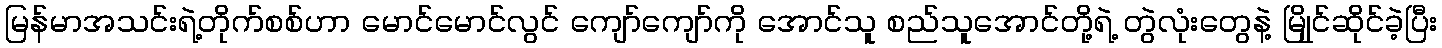
မြန်မာအသင်းရဲ့တိုက်စစ်ဟာ မောင်မောင်လွင် ကျော်ကျော်ကို အောင်သူ စည်သူအောင်တို့ရဲ့ တွဲလုံးတွေနဲ့ မြိုုင်ဆိုင်ခဲ့ပြီး